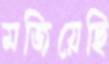
মজিয়েছি